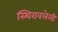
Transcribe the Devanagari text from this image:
स्थिरावलेली